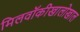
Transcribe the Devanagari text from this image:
मिलवॉकीखालोखाल